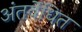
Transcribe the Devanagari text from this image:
अंतर्वेधित